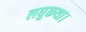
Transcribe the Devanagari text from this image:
लघुकथा।